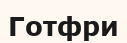
Готфри